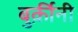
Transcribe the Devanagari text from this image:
बुर्क़ीनी